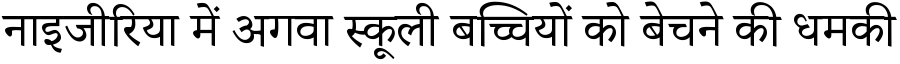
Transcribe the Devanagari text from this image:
नाइजीरिया में अगवा स्कूली बच्चियों को बेचने की धमकी